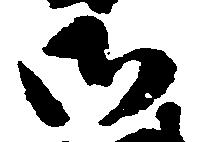
御